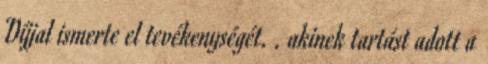
Díjjal ismerte el tevékenységét. . akinek tartást adott a